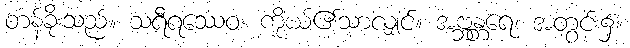
တန်ခိုးသည်။ သရီရဿေဝ၊ ကိုယ်၏သာလျှင်။ အဗ္ဘန္တရေ၊ အတွင်း၌။